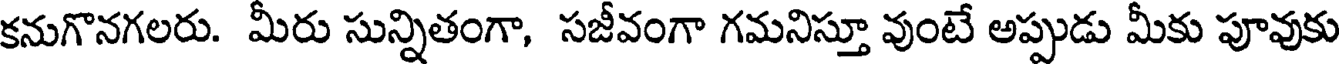
కనుగొనగలరు. మీరు సున్నితంగా, సజీవంగా గమనిస్తూ వుంటే అప్పుడు మీకు పూవుకు